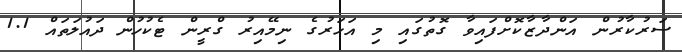
ސަރުކާރުން އަންދާޒާކޮށްފައިވާ ގޮތުގައި މި އަހަރުގެ ނިމޭއިރު ގްރީން ޓެކުހުން ދައުލަތައް 1.1